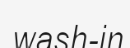
wash-in